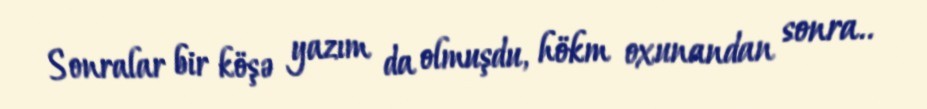
Sonralar bir köşə yazım da olmuşdu, hökm oxunandan sonra..